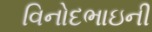
વિનોદભાઇની